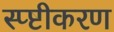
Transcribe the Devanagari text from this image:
स्प्ष्टीकरण